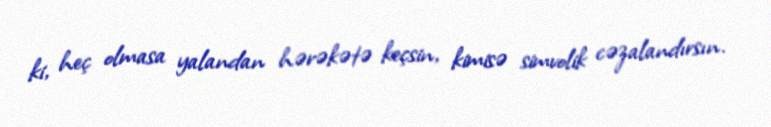
ki, heç olmasa yalandan hərəkətə keçsin, kimisə simvolik cəzalandırsın.